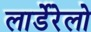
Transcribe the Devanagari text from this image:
लार्डेरेलो